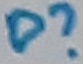
Text: D?